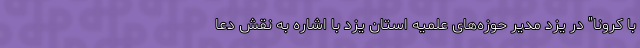
با کرونا" در یزد مدیر حوزه‌های علمیه استان یزد با اشاره به نقش دعا